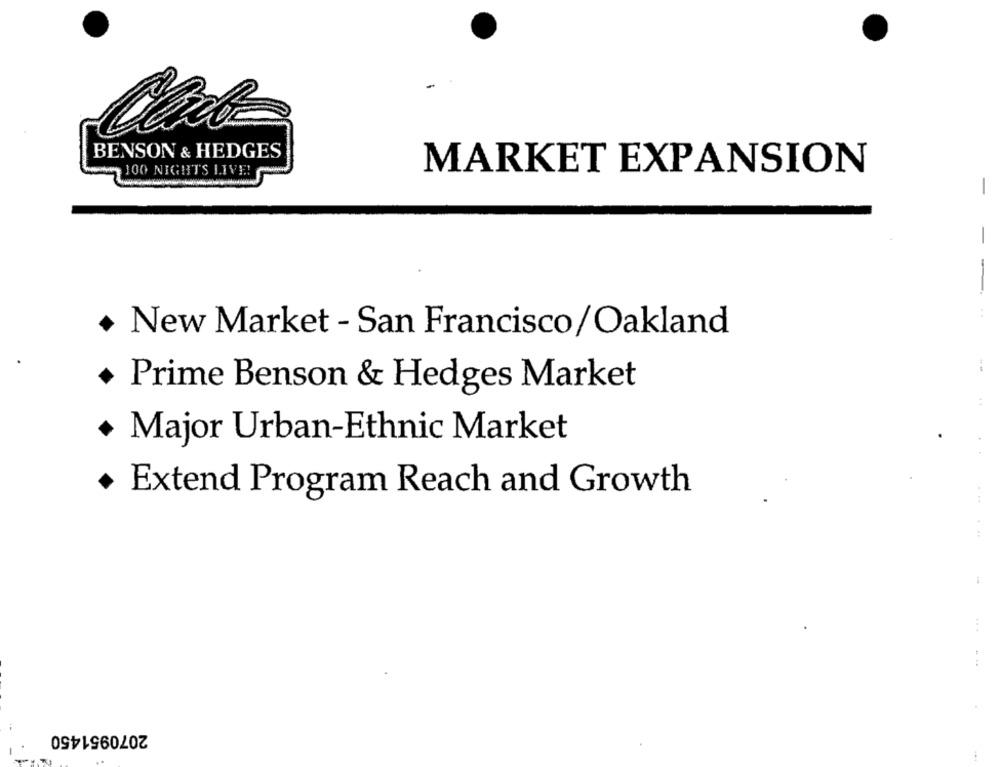
BENSON & HEDGES
100 NIGHTS LIVE!
MARKET EXPANSION
-
-
-
New Market - San Francisco/Oakland
Prime Benson & Hedges Market
· Major Urban-Ethnic Market
Extend Program Reach and Growth
...
.. .
2070951450